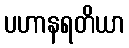
ပဟာနရတိယာ